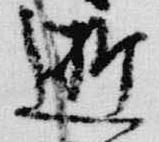
逝